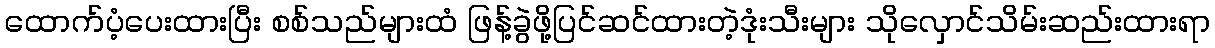
ထောက်ပံ့ပေးထားပြီး စစ်သည်များထံ ဖြန့်ခွဲဖို့ပြင်ဆင်ထားတဲ့ဒုံးသီးများ သိုလှောင်သိမ်းဆည်းထားရာ